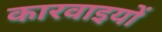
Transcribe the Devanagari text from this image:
कारवाइयों